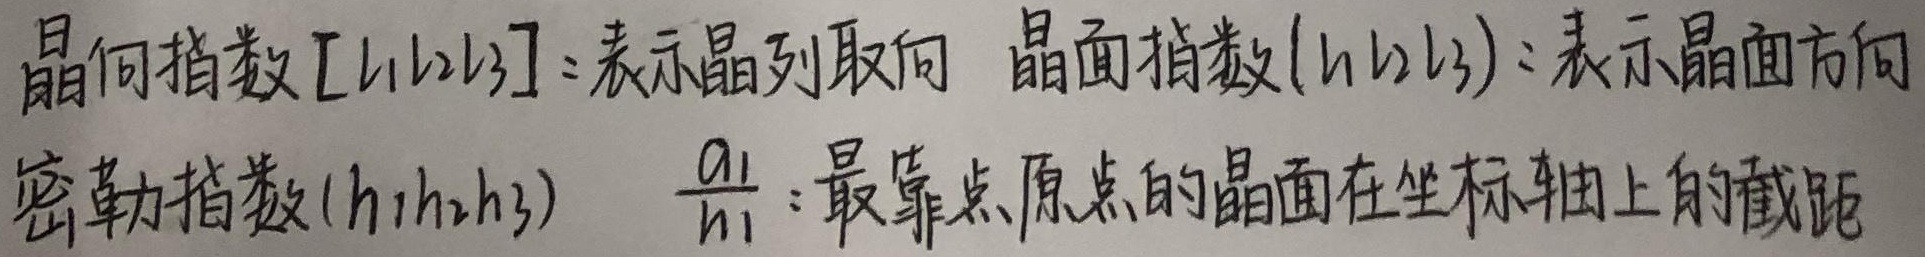
晶向指数$[l_1l_2l_3]$：表示晶列取向。
晶面指数$(h_1h_2h_3)$：表示晶面方向。
密勒指数$(h_1h_2h_3)$，$\frac{a_1}{h_1}$：最靠点原点的晶面在坐标轴上的截距。